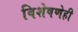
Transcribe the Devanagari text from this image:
विशेषणेही